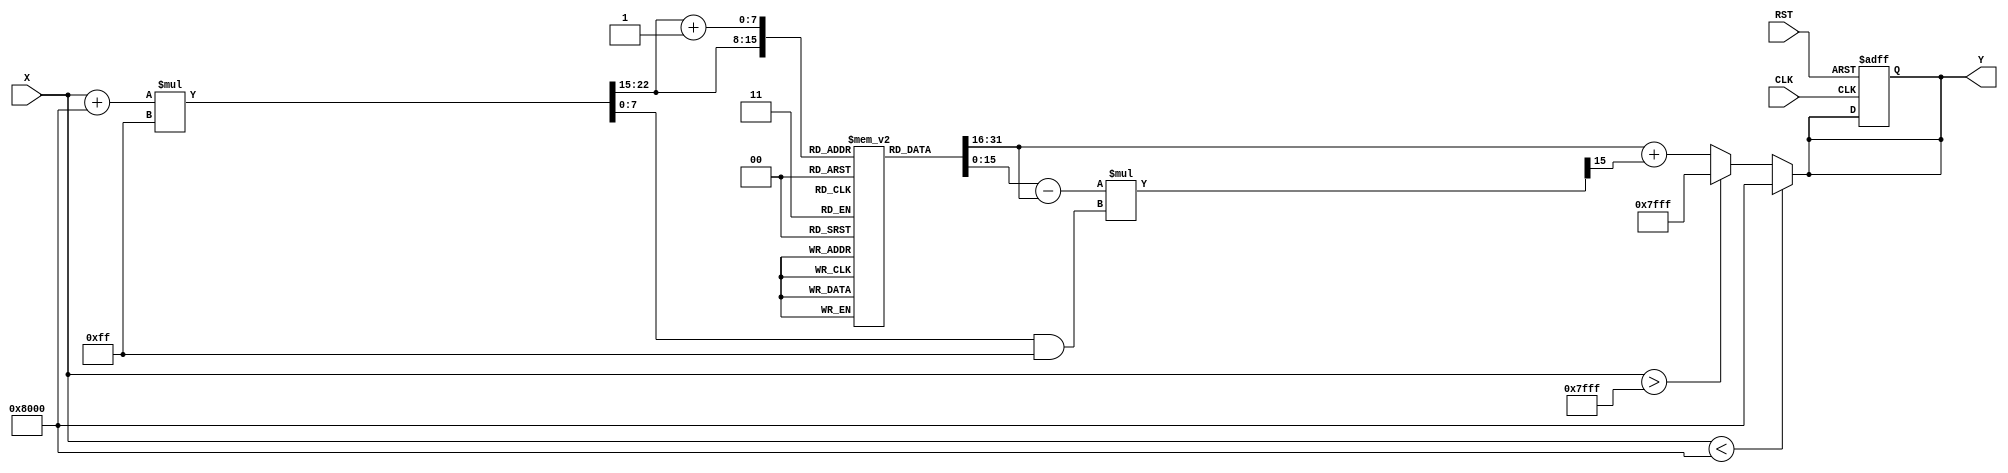
module asin_block (
    input wire [15:0] X,      // Input signal (fixed-point representation)
    input wire CLK,           // Clock signal
    input wire RST,           // Reset signal
    output reg [15:0] Y       // Output signal (fixed-point representation of angle in radians)
);

    // Parameters
    parameter LUT_SIZE = 256; // Size of the lookup table
    parameter FIXED_POINT_FRACTIONAL_BITS = 15; // Number of fractional bits in fixed-point representation
    parameter PI_OVER_2 = 16'h1FFC; // Fixed-point representation of /2 (approx. 1.5708)
    
    // Lookup table for arcsine values (pre-calculated for simplicity)
    reg [15:0] asin_lut [0:LUT_SIZE-1];

    // Initialize the lookup table with pre-calculated values
    initial begin
        // Populate the LUT with arcsine values (in fixed-point format)
        // Example values for LUT (you should fill this with actual pre-calculated values)
        // asin_lut[0] = 0; // asin(0)
        // asin_lut[1] = ...; // asin(1/255)
        // ...
        // asin_lut[255] = PI_OVER_2; // asin(1)
        // Fill in the rest of the LUT with actual values
    end

    // Internal signals for interpolation
    reg [7:0] index; // Index for LUT
    reg [15:0] y0, y1; // LUT values for interpolation
    reg [15:0] delta; // Difference for interpolation
    reg [7:0] fraction; // Fractional part for interpolation

    // Combinational logic to clamp input and perform LUT lookup
    always @(*) begin
        // Clamp input to the range [-1, 1]
        if (X < 16'h8000) begin // X < -1
            Y = 16'h8000; // Error code or default value for -1
        end else if (X > 16'h7FFF) begin // X > 1
            Y = 16'h7FFF; // Error code or default value for 1
        end else begin
            // Scale input to LUT index
            index = (X + 16'h8000) * (LUT_SIZE - 1) >> FIXED_POINT_FRACTIONAL_BITS; // Scale to [0, LUT_SIZE-1]
            fraction = ((X + 16'h8000) * (LUT_SIZE - 1)) & 16'h7FFF; // Get fractional part

            // Get LUT values for interpolation
            y0 = asin_lut[index];
            y1 = asin_lut[index + 1];

            // Calculate delta for interpolation
            delta = (y1 - y0) * fraction >> 15; // Linear interpolation

            // Output the interpolated value
            Y = y0 + delta;
        end
    end

    // Sequential logic for reset
    always @(posedge CLK or posedge RST) begin
        if (RST) begin
            Y <= 16'h0000; // Reset output to 0
        end
    end

endmodule